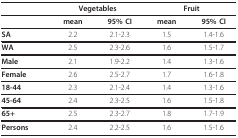
<table><thead><tr><td></td><td colspan="2"><b>Vegetables</b></td><td colspan="2"><b>Fruit</b></td></tr></thead><tbody><tr><td></td><td><b>mean</b></td><td><b>95% CI</b></td><td><b>mean</b></td><td><b>95% CI</b></td></tr><tr><td><b>SA</b></td><td>2.2</td><td>2.1-2.3</td><td>1.5</td><td>1.4-1.6</td></tr><tr><td><b>WA</b></td><td>2.5</td><td>2.3-2.6</td><td>1.6</td><td>1.5-1.7</td></tr><tr><td><b>Male</b></td><td>2.1</td><td>1.9-2.2</td><td>1.4</td><td>1.3-1.6</td></tr><tr><td><b>Female</b></td><td>2.6</td><td>2.5-2.7</td><td>1.7</td><td>1.6-1.8</td></tr><tr><td><b>18-44</b></td><td>2.3</td><td>2.1-2.4</td><td>1.4</td><td>1.3-1.6</td></tr><tr><td><b>45-64</b></td><td>2.4</td><td>2.3-2.5</td><td>1.6</td><td>1.5-1.8</td></tr><tr><td><b>65+</b></td><td>2.5</td><td>2.3-2.7</td><td>1.8</td><td>1.7-1.9</td></tr><tr><td><b>Persons</b></td><td>2.4</td><td>2.2-2.5</td><td>1.6</td><td>1.5-1.6</td></tr></tbody></table>